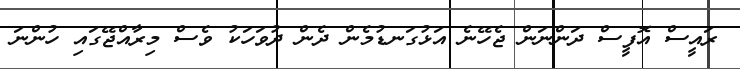
ރައީސް އޮފީސް ދަންނަން ޖެހޭނެ އަޅުގަނޑުމެން ދެން ދުވަހަކު ވެސް މިރާއްޖޭގައި ހުންނަ